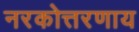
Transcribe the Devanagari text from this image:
नरकोत्तरणाय